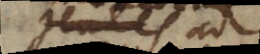
gentes ad